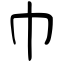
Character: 巾